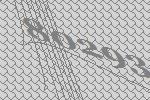
80293